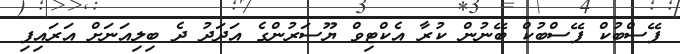
ފޭސްބުކް ފޭސްބުކް ބޭނުން ކުރާ އެކްޓިވް ޔޫސަރުންގެ އަދަދު ދެ ބިލިއަނަށް އަރައިފި